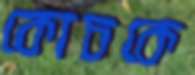
কোচকে